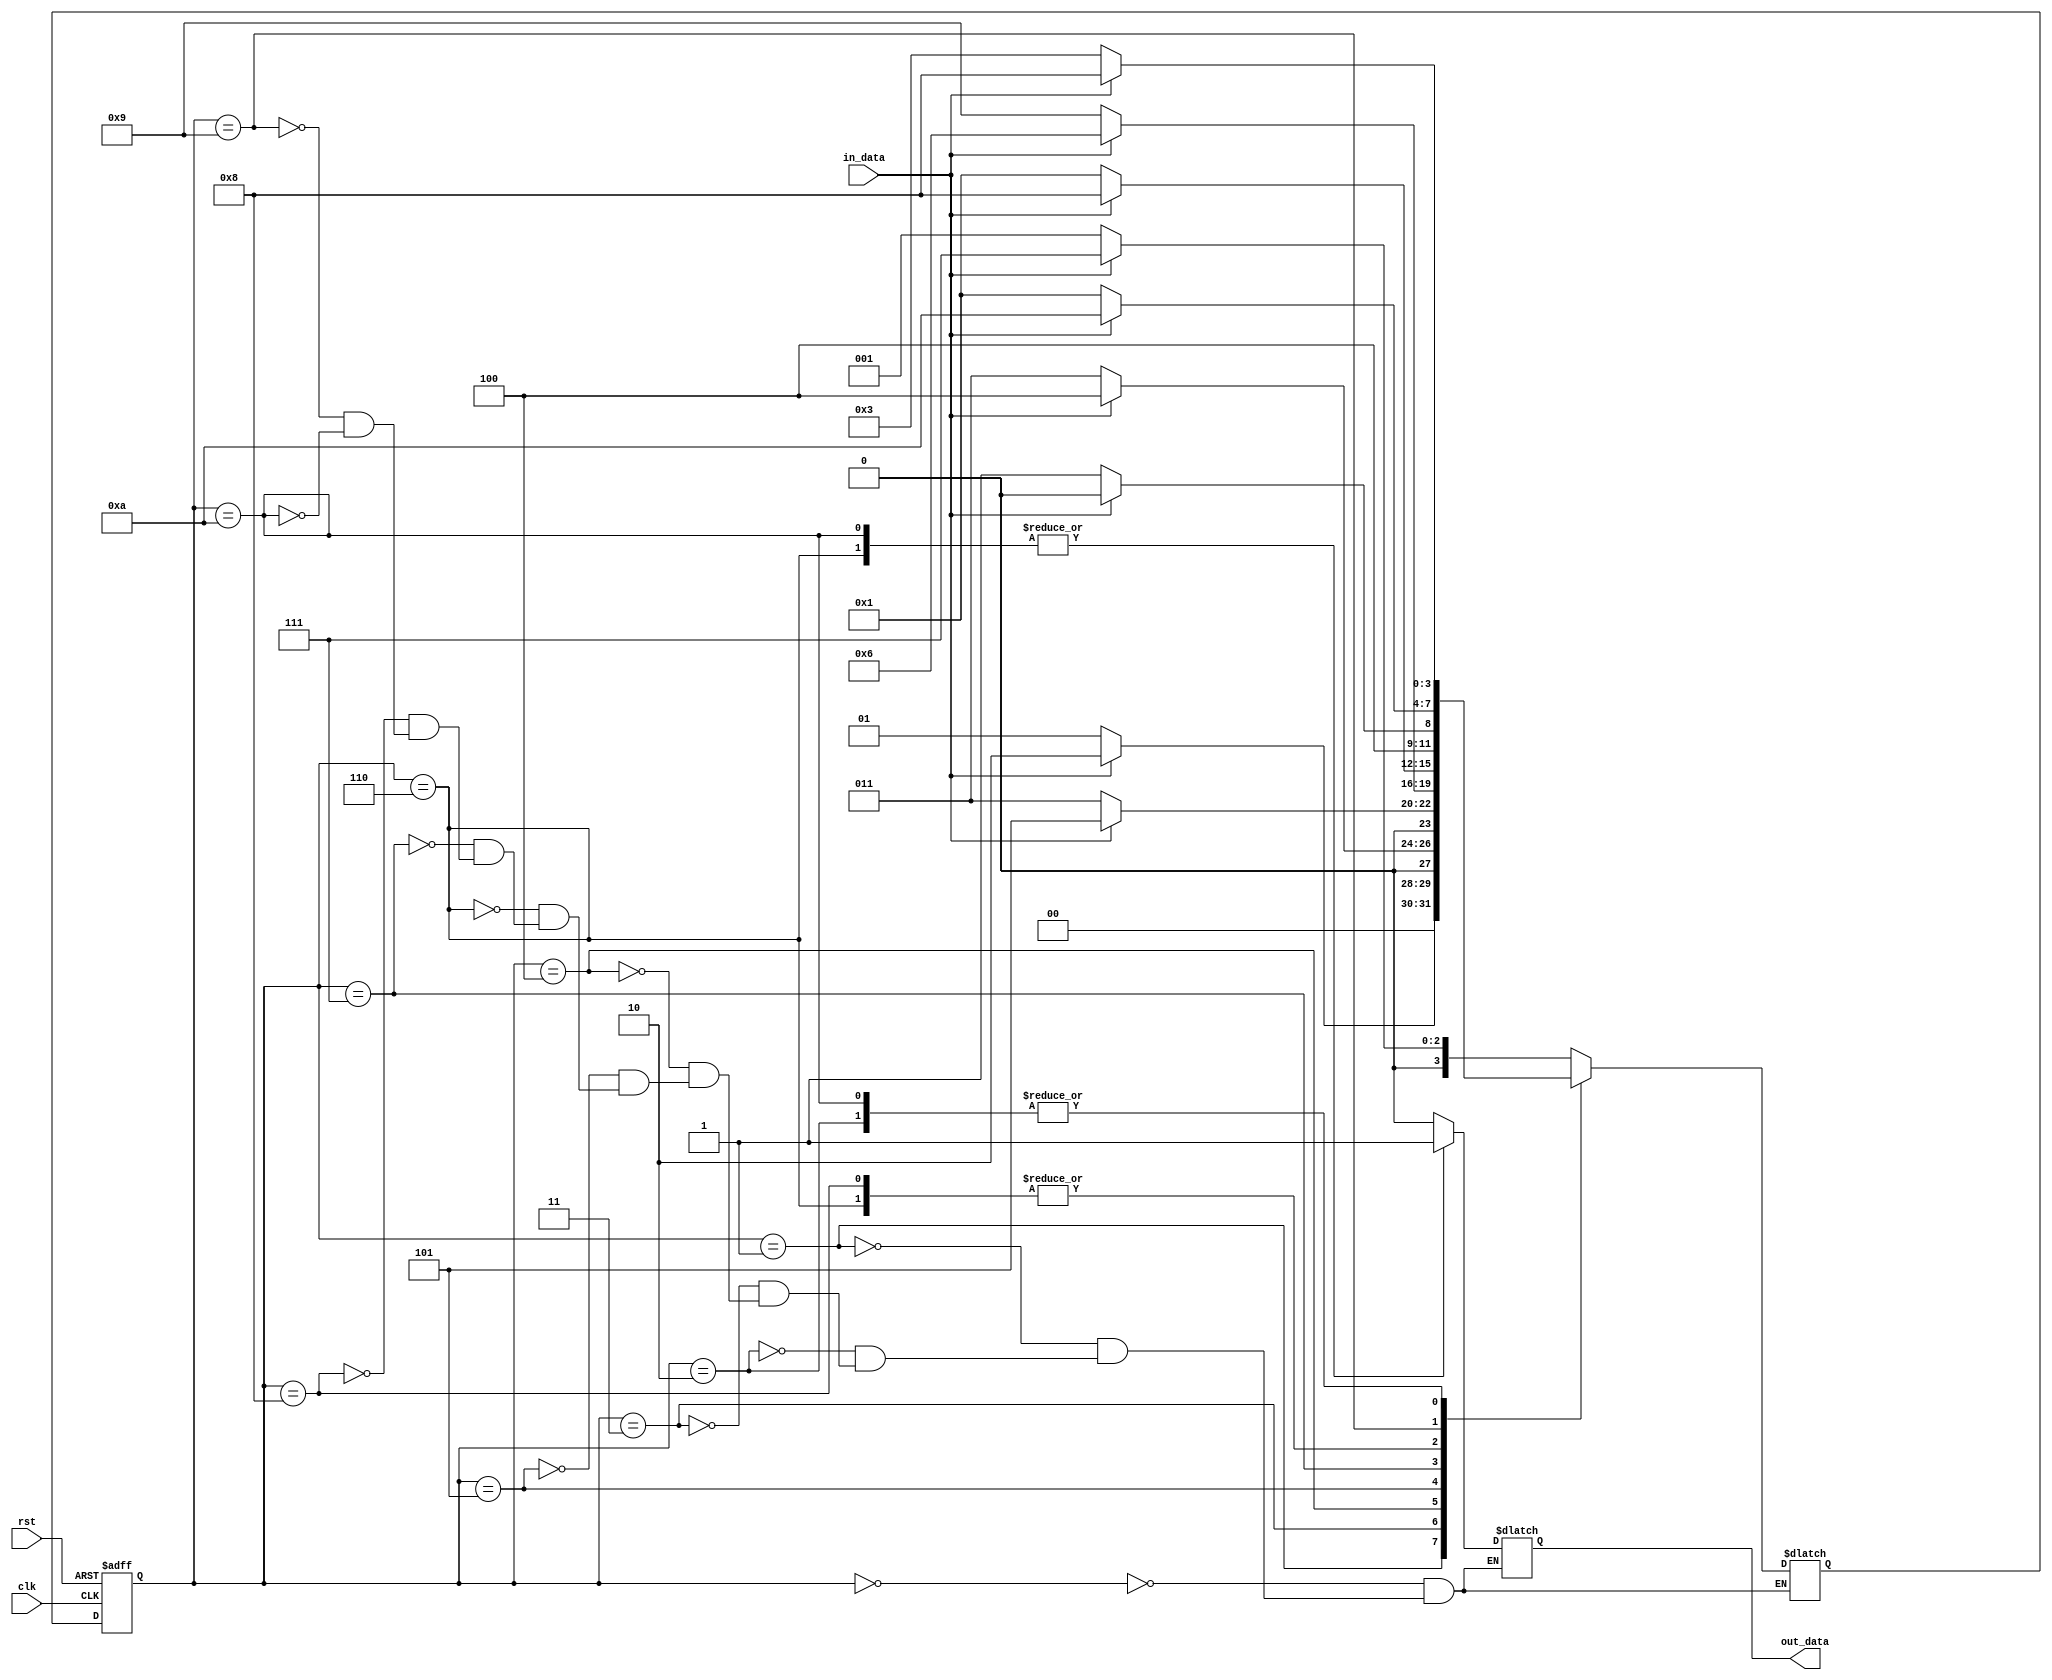
module SQD (clk, rst, in_data, out_data);
    input clk,rst,in_data;
    output out_data;

    reg out_data;
    reg [3:0]state,next_state;
    
    localparam S0 = 4'd0;
    localparam S1 = 4'd1;
    localparam S2 = 4'd2;
    localparam S3 = 4'd3;
    localparam S4 = 4'd4;
    localparam S5 = 4'd5;
    localparam S6 = 4'd6;
    localparam S7 = 4'd7;
    localparam S8 = 4'd8;
    localparam S9 = 4'd9;
    localparam S10= 4'd10;

always @(posedge clk,posedge rst) begin
    if(rst)
        state <= S0;
    else
        state <= next_state;
end

always @(*) begin
    case (state)
        S0: next_state = (in_data)? S7 : S1;
        S1: next_state = (in_data)? S2 : S1;
        S2: next_state = (in_data)? S8 : S3;
        S3: next_state = (in_data)? S4 : S3;
        S4: next_state = (in_data)? S5 : S3;
        S5: next_state = (in_data)? S6 : S9;
        S6: next_state = (in_data)? S8 : S9;
        S7: next_state = (in_data)? S8 : S1;
        S8: next_state = (in_data)? S8 : S9;
        S9: next_state = (in_data)? S10: S1;
        S10:next_state = (in_data)? S8 : S3;
    endcase
end

always @(*) begin
    case (state)
        S0: out_data = 1'b0;
        S1: out_data = 1'b0;
        S2: out_data = 1'b0;
        S3: out_data = 1'b0;
        S4: out_data = 1'b0;
        S5: out_data = 1'b0;
        S6: out_data = 1'b1;
        S7: out_data = 1'b0;
        S8: out_data = 1'b0;
        S9: out_data = 1'b0;
        S10:out_data = 1'b1;
    endcase
end
    
endmodule